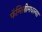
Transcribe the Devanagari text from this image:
फॅमिलीमधल्या